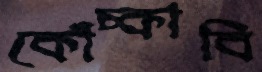
কোঁচ্‌কাবি